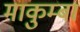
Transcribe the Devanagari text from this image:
माकुम्बा